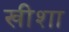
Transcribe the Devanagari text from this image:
खीशा